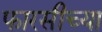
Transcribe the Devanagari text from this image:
फारसीच्या